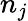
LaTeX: n_{j}